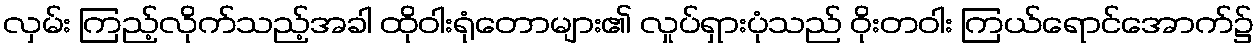
လှမ်း ကြည့်လိုက်သည့်အခါ ထိုဝါးရုံတောများ၏ လှုပ်ရှားပုံသည် ဝိုးတဝါး ကြယ်ရောင်အောက်၌